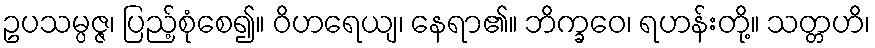
ဥပသမ္ပဇ္ဇ၊ ပြည့်စုံစေ၍။ ဝိဟရေယျ၊ နေရာ၏။ ဘိက္ခဝေ၊ ရဟန်းတို့။ သတ္တဟိ၊